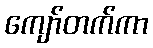
ကျော်တက်ကာ